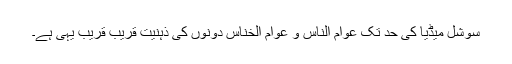
سوشل میڈیا کی حد تک عوام الناس و عوام الخناس دونوں کی ذہنیت قریب قریب یہی ہے۔